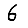
Digit: 6